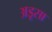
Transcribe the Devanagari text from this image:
अडूसा